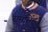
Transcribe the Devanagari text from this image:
रामसिंह्